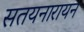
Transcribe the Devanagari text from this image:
सतयनारायन